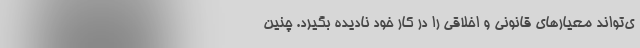
ی‌تواند معیارهای قانونی و اخلاقی را در کار خود نادیده بگیرد. چنین